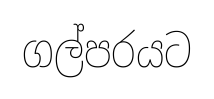
ගල්පරයට